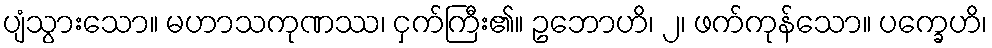
ပျံသွားသော။ မဟာသကုဏဿ၊ ငှက်ကြီး၏။ ဥဘောဟိ၊ ၂၊ ဖက်ကုန်သော။ ပက္ခေဟိ၊